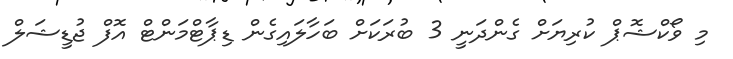
މި ވޯކްޝޮޕް ކުރިޔަށް ގެންދަނީ 3 ބުރަކަށް ބަހާލައިގެން ޑިޕާޓްމަންޓް އޮފް ޖުޑީޝަލް